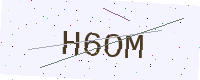
Text: H6OM